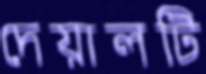
দেয়ালটি